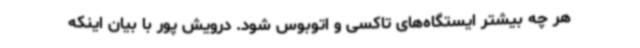
هر چه بیشتر ایستگاه‌های تاکسی و اتوبوس شود. درویش پور با بیان اینکه